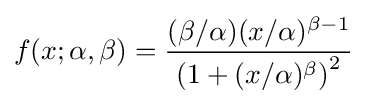
f(x;\alpha ,\beta )={\frac {(\beta /\alpha )(x/\alpha )^{\beta -1}}{\left(1+(x/\alpha )^{\beta }\right)^{2}}}